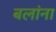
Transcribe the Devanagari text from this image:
बलांना